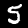
Label: 5